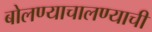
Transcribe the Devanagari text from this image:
बोलण्याचालण्याची